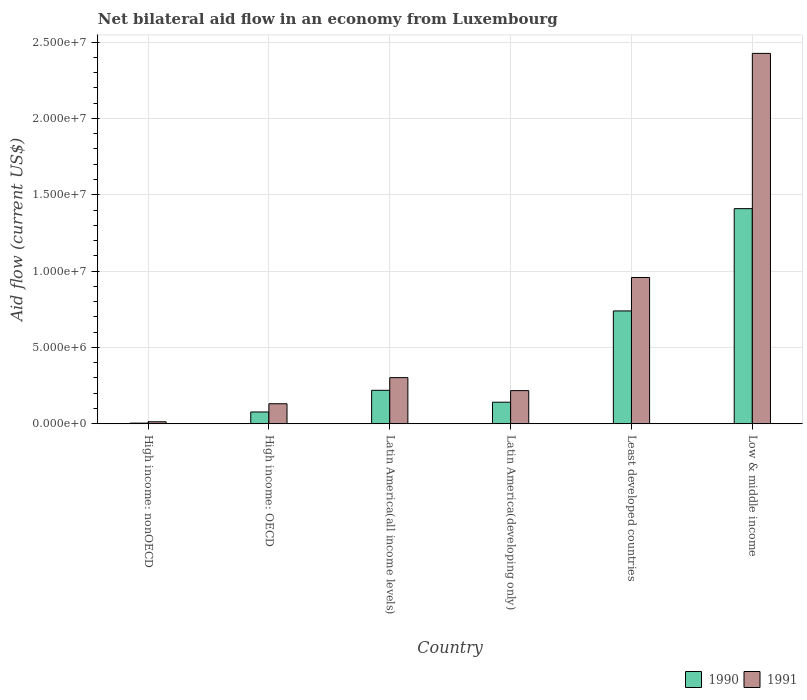
| Country | 1990 | 1991 |
 | --- | --- | --- |
 | High income: nonOECD | 4e+04 | 1.3e+05 |
 | High income: OECD | 7.7e+05 | 1.31e+06 |
 | Latin America(all income levels) | 2.19e+06 | 3.02e+06 |
 | Latin America(developing only) | 1.41e+06 | 2.17e+06 |
 | Least developed countries | 7.39e+06 | 9.58e+06 |
 | Low & middle income | 1.41e+07 | 2.43e+07 |